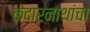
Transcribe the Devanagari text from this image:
केदारनाथांचा